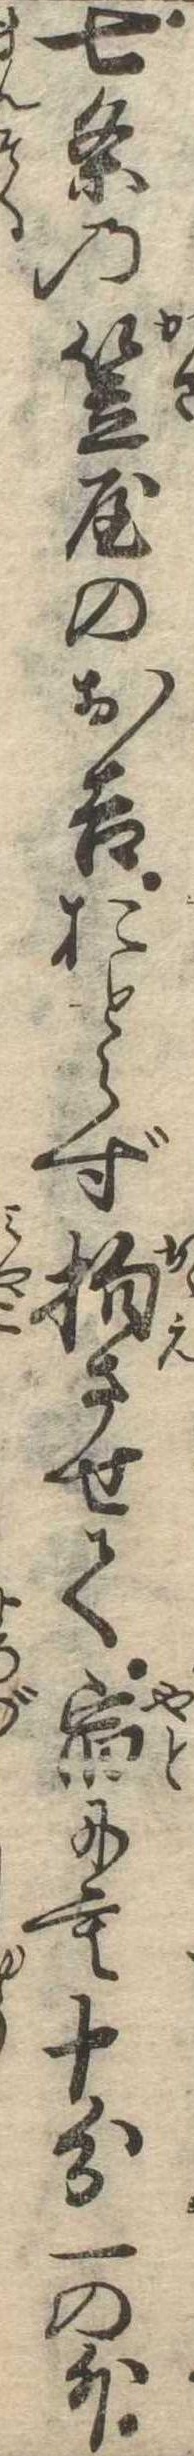
七条の笠屋のお吉おとらず抱させて宿にも十分一の外